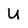
Character: U